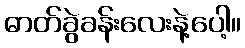
ဓာတ်ခွဲခန်းလေးနဲ့ပေါ့။